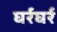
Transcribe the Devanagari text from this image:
घर्रघर्र